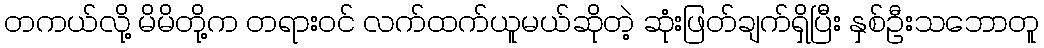
တကယ်လို့ မိမိတို့က တရားဝင် လက်ထက်ယူမယ်ဆိုတဲ့ ဆုံးဖြတ်ချက်ရှိပြီး နှစ်ဦးသဘောတူ